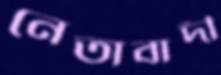
নেতাবাদী